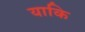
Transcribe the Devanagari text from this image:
याकि